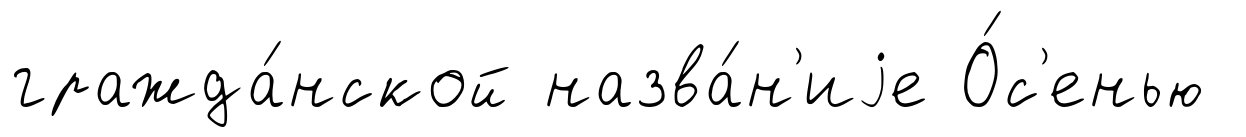
гражда́нской назва́н'иjе О́с'енью